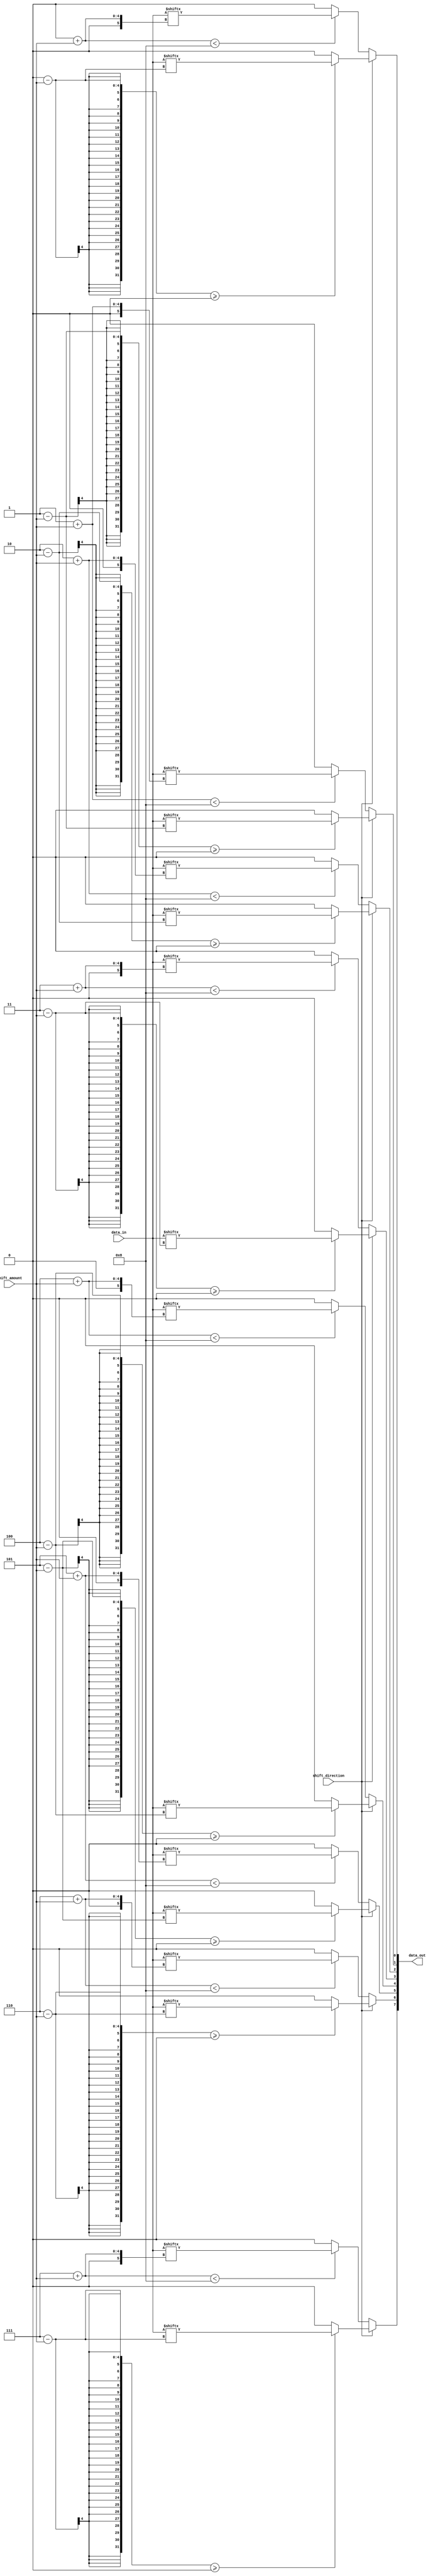
module BarrelShifter (
    input wire [7:0] data_in,
    input wire [3:0] shift_amount,
    input wire shift_direction, // 0: shift left, 1: shift right
    output reg [7:0] data_out
);

reg [7:0] data;
wire [7:0] shifted_data;
reg [3:0] shift_counter;
reg [2:0] stage;

always @(*) begin
    data = data_in;
    shift_counter = shift_amount;
    stage = 0;
    
    for (stage = 0; stage < 8; stage = stage + 1) begin
        if (shift_direction == 0) begin
            if (stage + shift_counter < 8)
                shifted_data[stage] = data[stage + shift_counter];
            else
                shifted_data[stage] = 0;
        end else begin
            if (stage - shift_counter >= 0)
                shifted_data[stage] = data[stage - shift_counter];
            else
                shifted_data[stage] = 0;
        end
    end
end

assign data_out = shifted_data;

endmodule